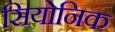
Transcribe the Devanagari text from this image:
सियोनिक